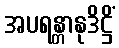
အပရန္တာနုဒိဋ္ဌိံ